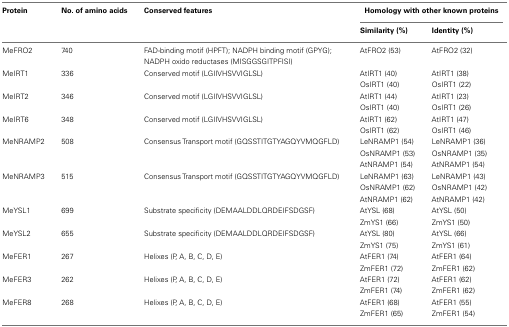
| Protein | No. of amino acids | Conserved features | <COLSPAN=2> Homology with other known proteins |
 |  |  |  | Similarity (%) | Identity (%) |
 | --- | --- | --- | --- | --- |
 | MeFRO2 | 740 | FAD-binding motif (HPFT); NADPH binding motif (GPYG); NADPH oxido reductases (MISGGSGITPFISI) | AtFRO2 (53) | AtFRO2 (32) |
 | MeIRT1 | 336 | Conserved motif (LGIIVHSVVIGLSL) | AtIRT1 (40) | AtIRT1 (38) |
 |  |  |  | OsIRT1 (40) | OsIRT1 (22) |
 | MeIRT2 | 346 | Conserved motif (LGIIVHSVVIGLSL) | AtIRT1 (44) | AtIRT1 (23) |
 |  |  |  | OsIRT1 (40) | OsIRT1 (26) |
 | MeIRT6 | 348 | Conserved motif (LGIIVHSVVIGLSL) | AtIRT1 (62) | AtIRT1 (47) |
 |  |  |  | OsIRT1 (62) | OsIRT1 (46) |
 | MeNRAMP2 | 508 | Consensus Transport motif (GQSSTITGTYAGQYVMQGFLD) | LeNRAMP1 (54) | LeNRAMP1 (36) |
 |  |  |  | OsNRAMP1 (53) | OsNRAMP1 (35) |
 |  |  |  | AtNRAMP1 (54) | AtNRAMP1 (54) |
 | MeNRAMP3 | 515 | Consensus Transport motif (GQSSTITGTYAGQYVMQGFLD) | LeNRAMP1 (63) | LeNRAMP1 (43) |
 |  |  |  | OsNRAMP1 (62) | OsNRAMP1 (42) |
 |  |  |  | AtNRAMP1 (62) | AtNRAMP1 (42) |
 | MeYSL1 | 699 | Substrate specificity (DEMAALDDLQRDEIFSDGSF) | AtYSL (68) | AtYSL (50) |
 |  |  |  | ZmYS1 (66) | ZmYS1 (50) |
 | MeYSL2 | 655 | Substrate specificity (DEMAALDDLQRDEIFSDGSF) | AtYSL (80) | AtYSL (66) |
 |  |  |  | ZmYS1 (75) | ZmYS1 (61) |
 | MeFER1 | 267 | Helixes (P, A, B, C, D, E) | AtFER1 (74) | AtFER1 (64) |
 |  |  |  | ZmFER1 (72) | ZmFER1 (62) |
 | MeFER3 | 262 | Helixes (P, A, B, C, D, E) | AtFER1 (72) | AtFER1 (62) |
 |  |  |  | ZmFER1 (74) | ZmFER1 (62) |
 | MeFER8 | 268 | Helixes (P, A, B, C, D, E) | AtFER1 (68) | AtFER1 (55) |
 |  |  |  | ZmFER1 (65) | ZmFER1 (54) |